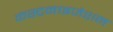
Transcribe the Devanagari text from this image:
कस्टमाइजेशन